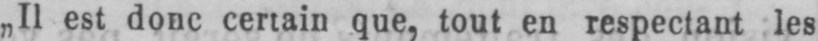
„II est donc certain que, tout en respectant les